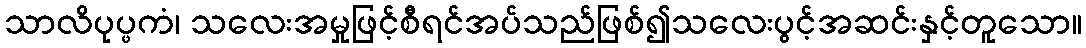
သာလိပုပ္ဖကံ၊ သလေးအမှုဖြင့်စီရင်အပ်သည်ဖြစ်၍သလေးပွင့်အဆင်းနှင့်တူသော။